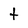
Character: t